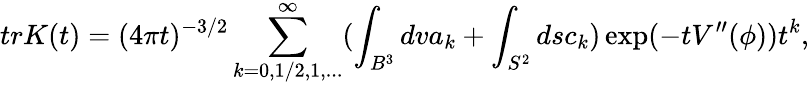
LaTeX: trK(t)=(4\pi t)^{-3/2}\sum_{k=0,1/2,1,...}^{\infty}(\int_{B^{3}}dva_{k}+\int_{S^{2}}dsc_{k})\exp(-tV^{\prime\prime}(\phi))t^{k},